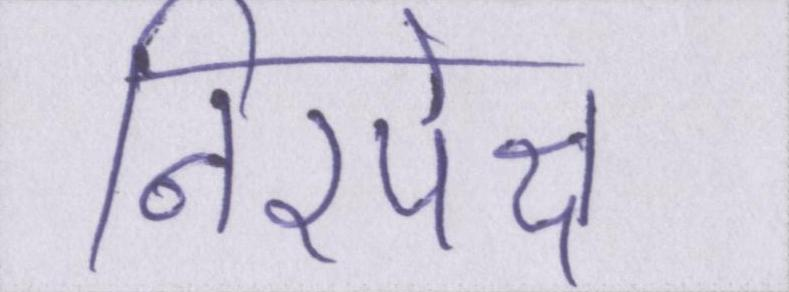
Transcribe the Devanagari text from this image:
निरपेक्ष